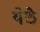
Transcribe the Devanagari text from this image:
येठे